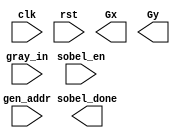
module Sobel(clk, rst, sobel_en, gray_in, gen_addr, Gx, Gy, sobel_done);
//convolution kernel for applying sobel
// we need 9 adjacent values -> output 1 pixel value
input clk, rst, sobel_en;

input [3:0] gray_in; //all the values of the ram share the same luminance Y value
input [9:0] gen_addr; //address at which the kernel is to begin processing and writing to
output [3:0] Gx;
output [3:0] Gy;
output sobel_done;
//our horizontal kernel
reg signed x11 = 1;
reg signed x12 = 0;
reg signed x13 = -1;
//
//our vertical kernel

//





///if at boundary, use 0 padding

//for each pixel at addr_gen, computer horizontal and vertical outputs


//for each output, clamp outputs to 0 if < 0 , saturate to 255 if > 255

// if at end, assert sobel_done high
endmodule